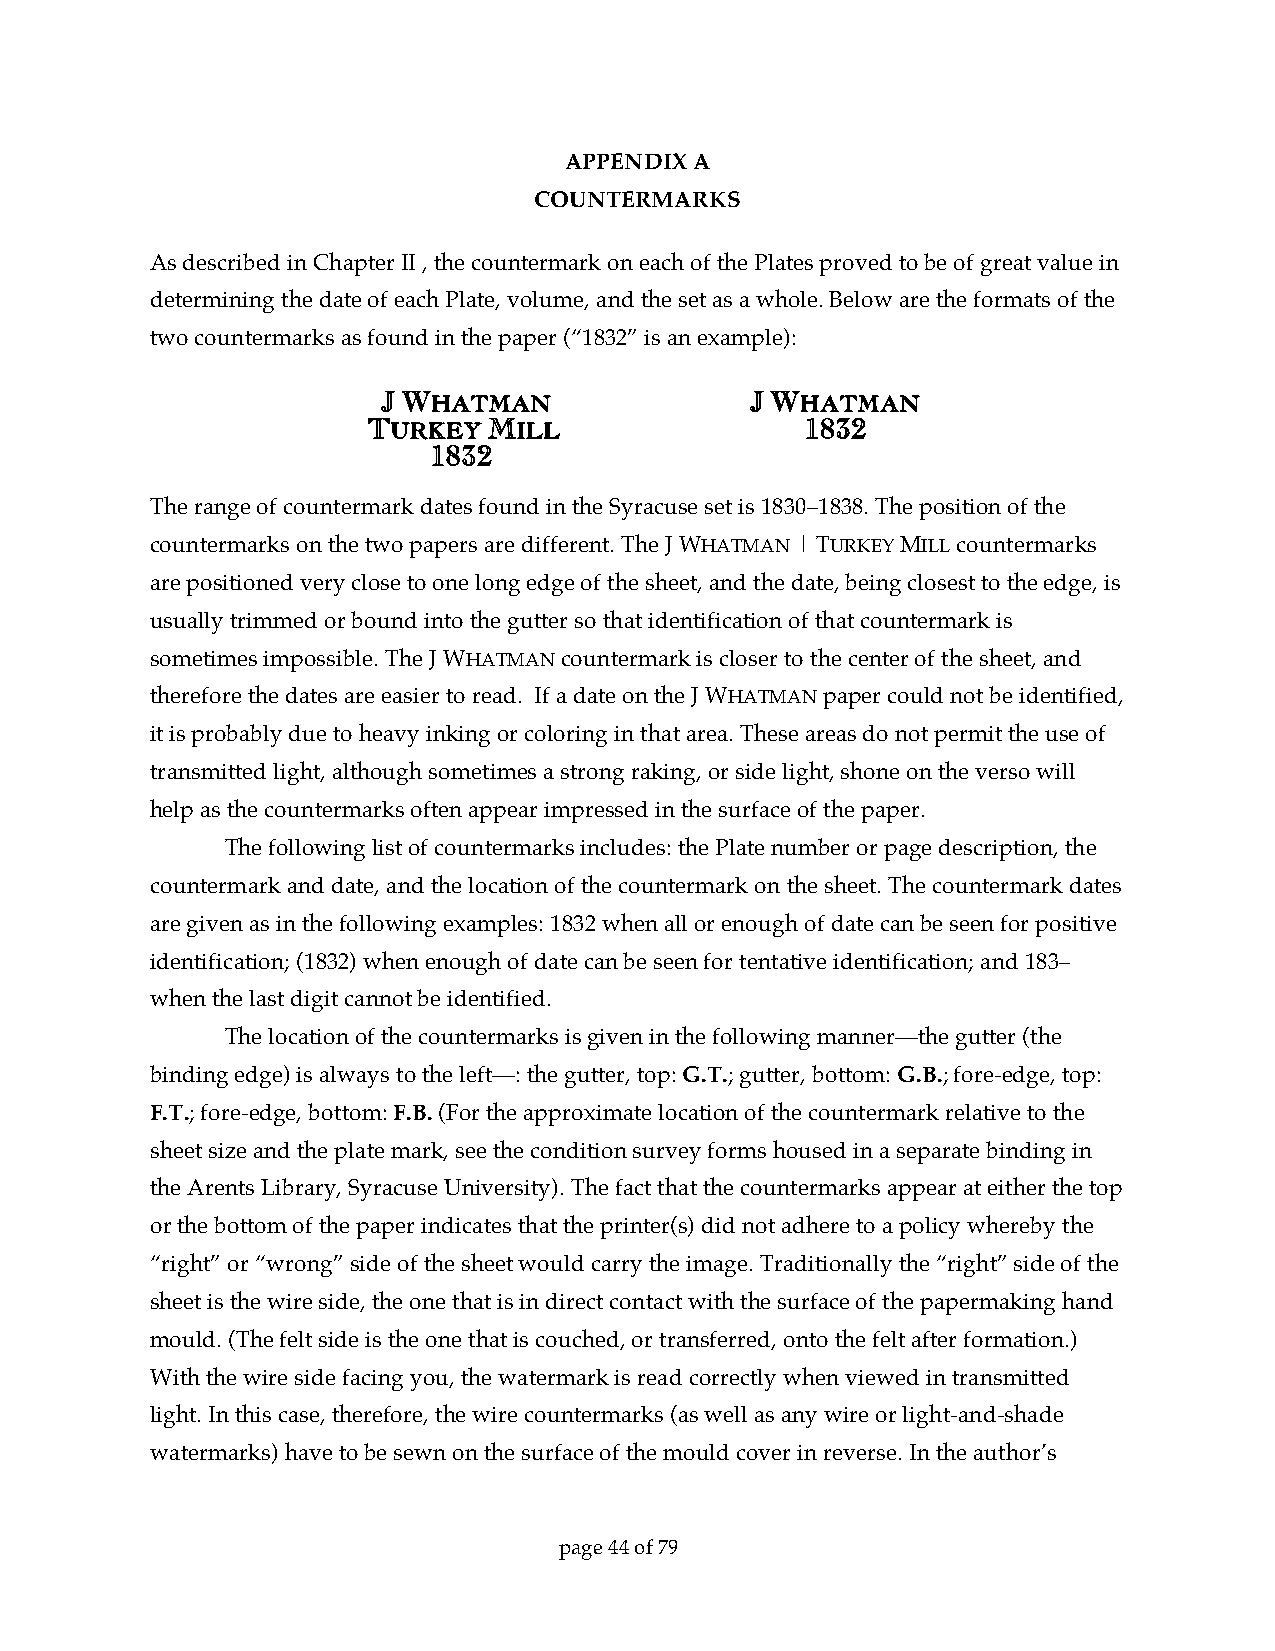
APPENDIX A
 COUNTERMARKS
 As described in Chapter II , the countermark on each of the Plates proved to be of great value in
 determining the date of each Plate, volume, and the set as a whole. Below are the formats of the
 two countermarks as found in the paper (“1832” is an example):
 JJ WWHHAATTMMAANN        JJ WWHHAATTMMAANN
 TTUURRKKEEYY MMIILLLL        11883322
 11883322
 The range of countermark dates found in the Syracuse set is 1830–1838. The position of the
 countermarks on the two papers are different. The J WHATMAN | TURKEY MILL countermarks
 are positioned very close to one long edge of the sheet, and the date, being closest to the edge, is
 usually trimmed or bound into the gutter so that identification of that countermark is
 sometimes impossible. The J WHATMAN countermark is closer to the center of the sheet, and
 therefore the dates are easier to read. If a date on the J WHATMAN paper could not be identified,
 it is probably due to heavy inking or coloring in that area. These areas do not permit the use of
 transmitted light, although sometimes a strong raking, or side light, shone on the verso will
 help as the countermarks often appear impressed in the surface of the paper.
 The following list of countermarks includes: the Plate number or page description, the
 countermark and date, and the location of the countermark on the sheet. The countermark dates
 are given as in the following examples: 1832 when all or enough of date can be seen for positive
 identification; (1832) when enough of date can be seen for tentative identification; and 183–
 when the last digit cannot be identified.
 The location of the countermarks is given in the following manner—the gutter (the
 binding edge) is always to the left—: the gutter, top: G.T.; gutter, bottom: G.B.; fore-edge, top:
 F.T.; fore-edge, bottom: F.B. (For the approximate location of the countermark relative to the
 sheet size and the plate mark, see the condition survey forms housed in a separate binding in
 the Arents Library, Syracuse University). The fact that the countermarks appear at either the top
 or the bottom of the paper indicates that the printer(s) did not adhere to a policy whereby the
 “right” or “wrong” side of the sheet would carry the image. Traditionally the “right” side of the
 sheet is the wire side, the one that is in direct contact with the surface of the papermaking hand
 mould. (The felt side is the one that is couched, or transferred, onto the felt after formation.)
 With the wire side facing you, the watermark is read correctly when viewed in transmitted
 light. In this case, therefore, the wire countermarks (as well as any wire or light-and-shade
 watermarks) have to be sewn on the surface of the mould cover in reverse. In the author’s
 page 44 of 79